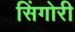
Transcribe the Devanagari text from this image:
सिंगोरी